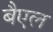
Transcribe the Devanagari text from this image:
बैएल